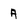
Character: a